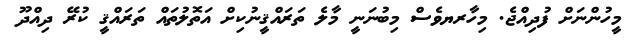
މީހުންނަށް ފުދިއްޖެ. މިހާރޔވެސް މިބުނަނީ މާލެ ތަރައްޤީނުކިށް އަތޮލުތައް ތަރައްޤީ ކުރޭ ދިއްދޫ